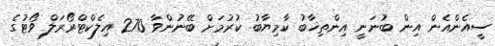
ސީއެންއެން އިން ބުނަނީ އިންތިޚާބު ކާމިޔާބު ކުރުމަށް ބޭނުންވާ 270 އިލެކްޓްރޯރަލް ވޯޓުގެ